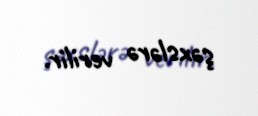
şəxslərə verilir.